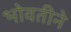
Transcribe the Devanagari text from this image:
भोवतीने